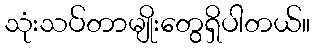
သုံးသပ်တာမျိုးတွေရှိပါတယ်။